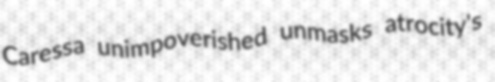
Caressa unimpoverished unmasks atrocity's